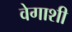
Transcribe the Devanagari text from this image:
वेगाशी